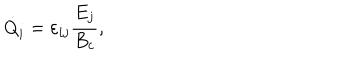
\dot { Q } _ { i } = \varepsilon _ { i j } \frac { E _ { j } } { B _ { c } } ,